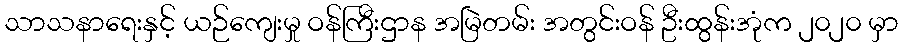
သာသနာရေးနှင့် ယဉ်ကျေးမှု ဝန်ကြီးဌာန အမြဲတမ်း အတွင်းဝန် ဦးထွန်းအုံက ၂၀၂၀ မှာ